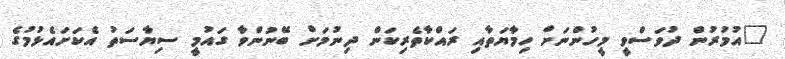
"އުމުރުން ދުވަސްވީ މީހުންނަށް ހިމާޔަތާއި ރައްކާތެރިކަން ދިނުމަށް ބޭނުންވާ ގައުމީ ސިޔާސަތު އެކަށައެޅުމުގެ